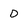
Character: D